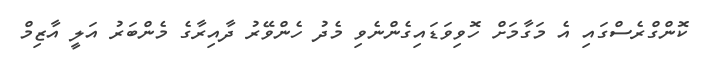
ކޮންގްރެސްގައި އެ މަގާމަށް ހޮވިވަޑައިގެންނެވި މެދު ހެންވޭރު ދާއިރާގެ މެންބަރު އަލީ އާޒިމް